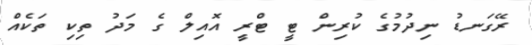
ރޭގަނޑު ނިދުމުގެ ކުރިން ޓީ ޓްރީ އޮއިލް ގެ މަދު ތިކި ތަކެއް